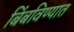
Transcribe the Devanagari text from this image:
बिंबविण्यात